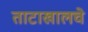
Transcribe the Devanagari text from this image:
ताटाखालचे